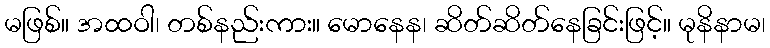
မဖြစ်။ အထဝါ၊ တစ်နည်းကား။ မောနေန၊ ဆိတ်ဆိတ်နေခြင်းဖြင့်။ မုနိနာမ၊